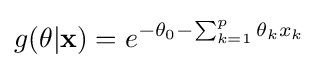
g(\mathbf {\theta } |\mathbf {x} )=e^{-\theta _{0}-\sum _{k=1}^{p}{\theta _{k}x_{k}}}